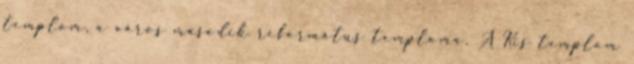
templom, a város második református temploma. A Kis templom